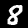
Label: 8